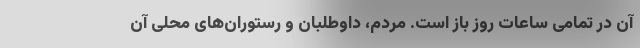
آن در تمامی ساعات روز باز است. مردم، داوطلبان و رستوران‌های محلی آن